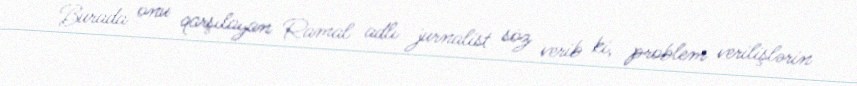
Burada onu qarşılayan Ramal adlı jurnalist söz verib ki, problem verilişlərin